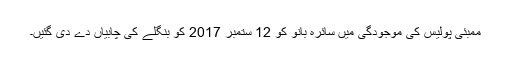
ممبئی پولیس کی موجودگی میں سائرہ بانو کو 12 ستمبر 2017 کو بنگلے کی چابیاں دے دی گئیں۔